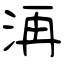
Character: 洅